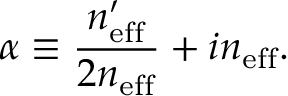
\alpha \equiv \frac { n _ { \mathrm { e f f } } ^ { \prime } } { 2 n _ { \mathrm { e f f } } } + i n _ { \mathrm { e f f } } .